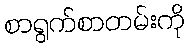
စာရွက်စာတမ်းကို